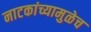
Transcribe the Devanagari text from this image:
नाटकांच्यामुळेच